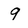
Character: 9